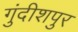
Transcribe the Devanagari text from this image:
गुंदीशपुर